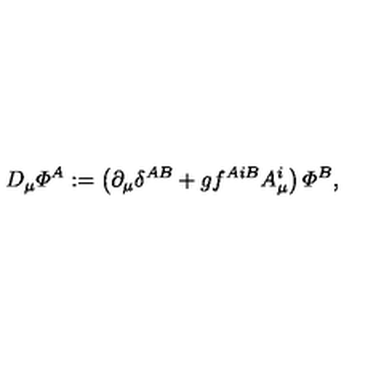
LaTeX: D _ { \mu } { \mit \Phi } ^ { A } : = \left( \partial _ { \mu } \delta ^ { A B } + g f ^ { A i B } A _ { \mu } ^ { i } \right) { \mit \Phi } ^ { B } ,